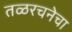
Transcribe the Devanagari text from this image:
तळरचनेचा